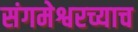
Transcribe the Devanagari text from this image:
संगमेश्वरच्याच